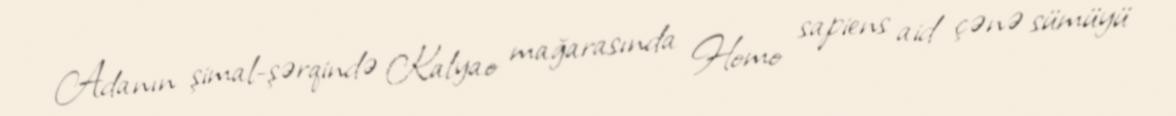
Adanın şimal-şərqində Kalyao mağarasında Homo sapiens aid çənə sümüyü